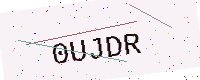
Text: 0UJDR